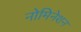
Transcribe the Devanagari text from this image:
नोमिनेशन